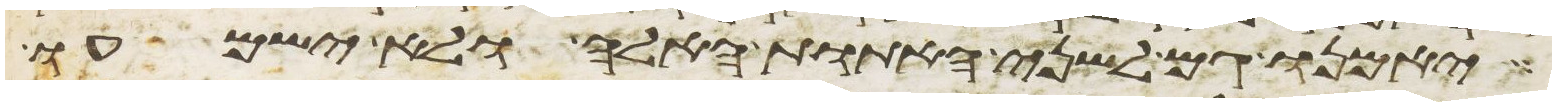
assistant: יאמנו גם לשני האתות האלה ולא ישמעו